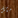
مثل